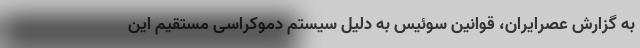
به گزارش عصرایران، قوانین سوئیس به دلیل سیستم دموکراسی مستقیم این